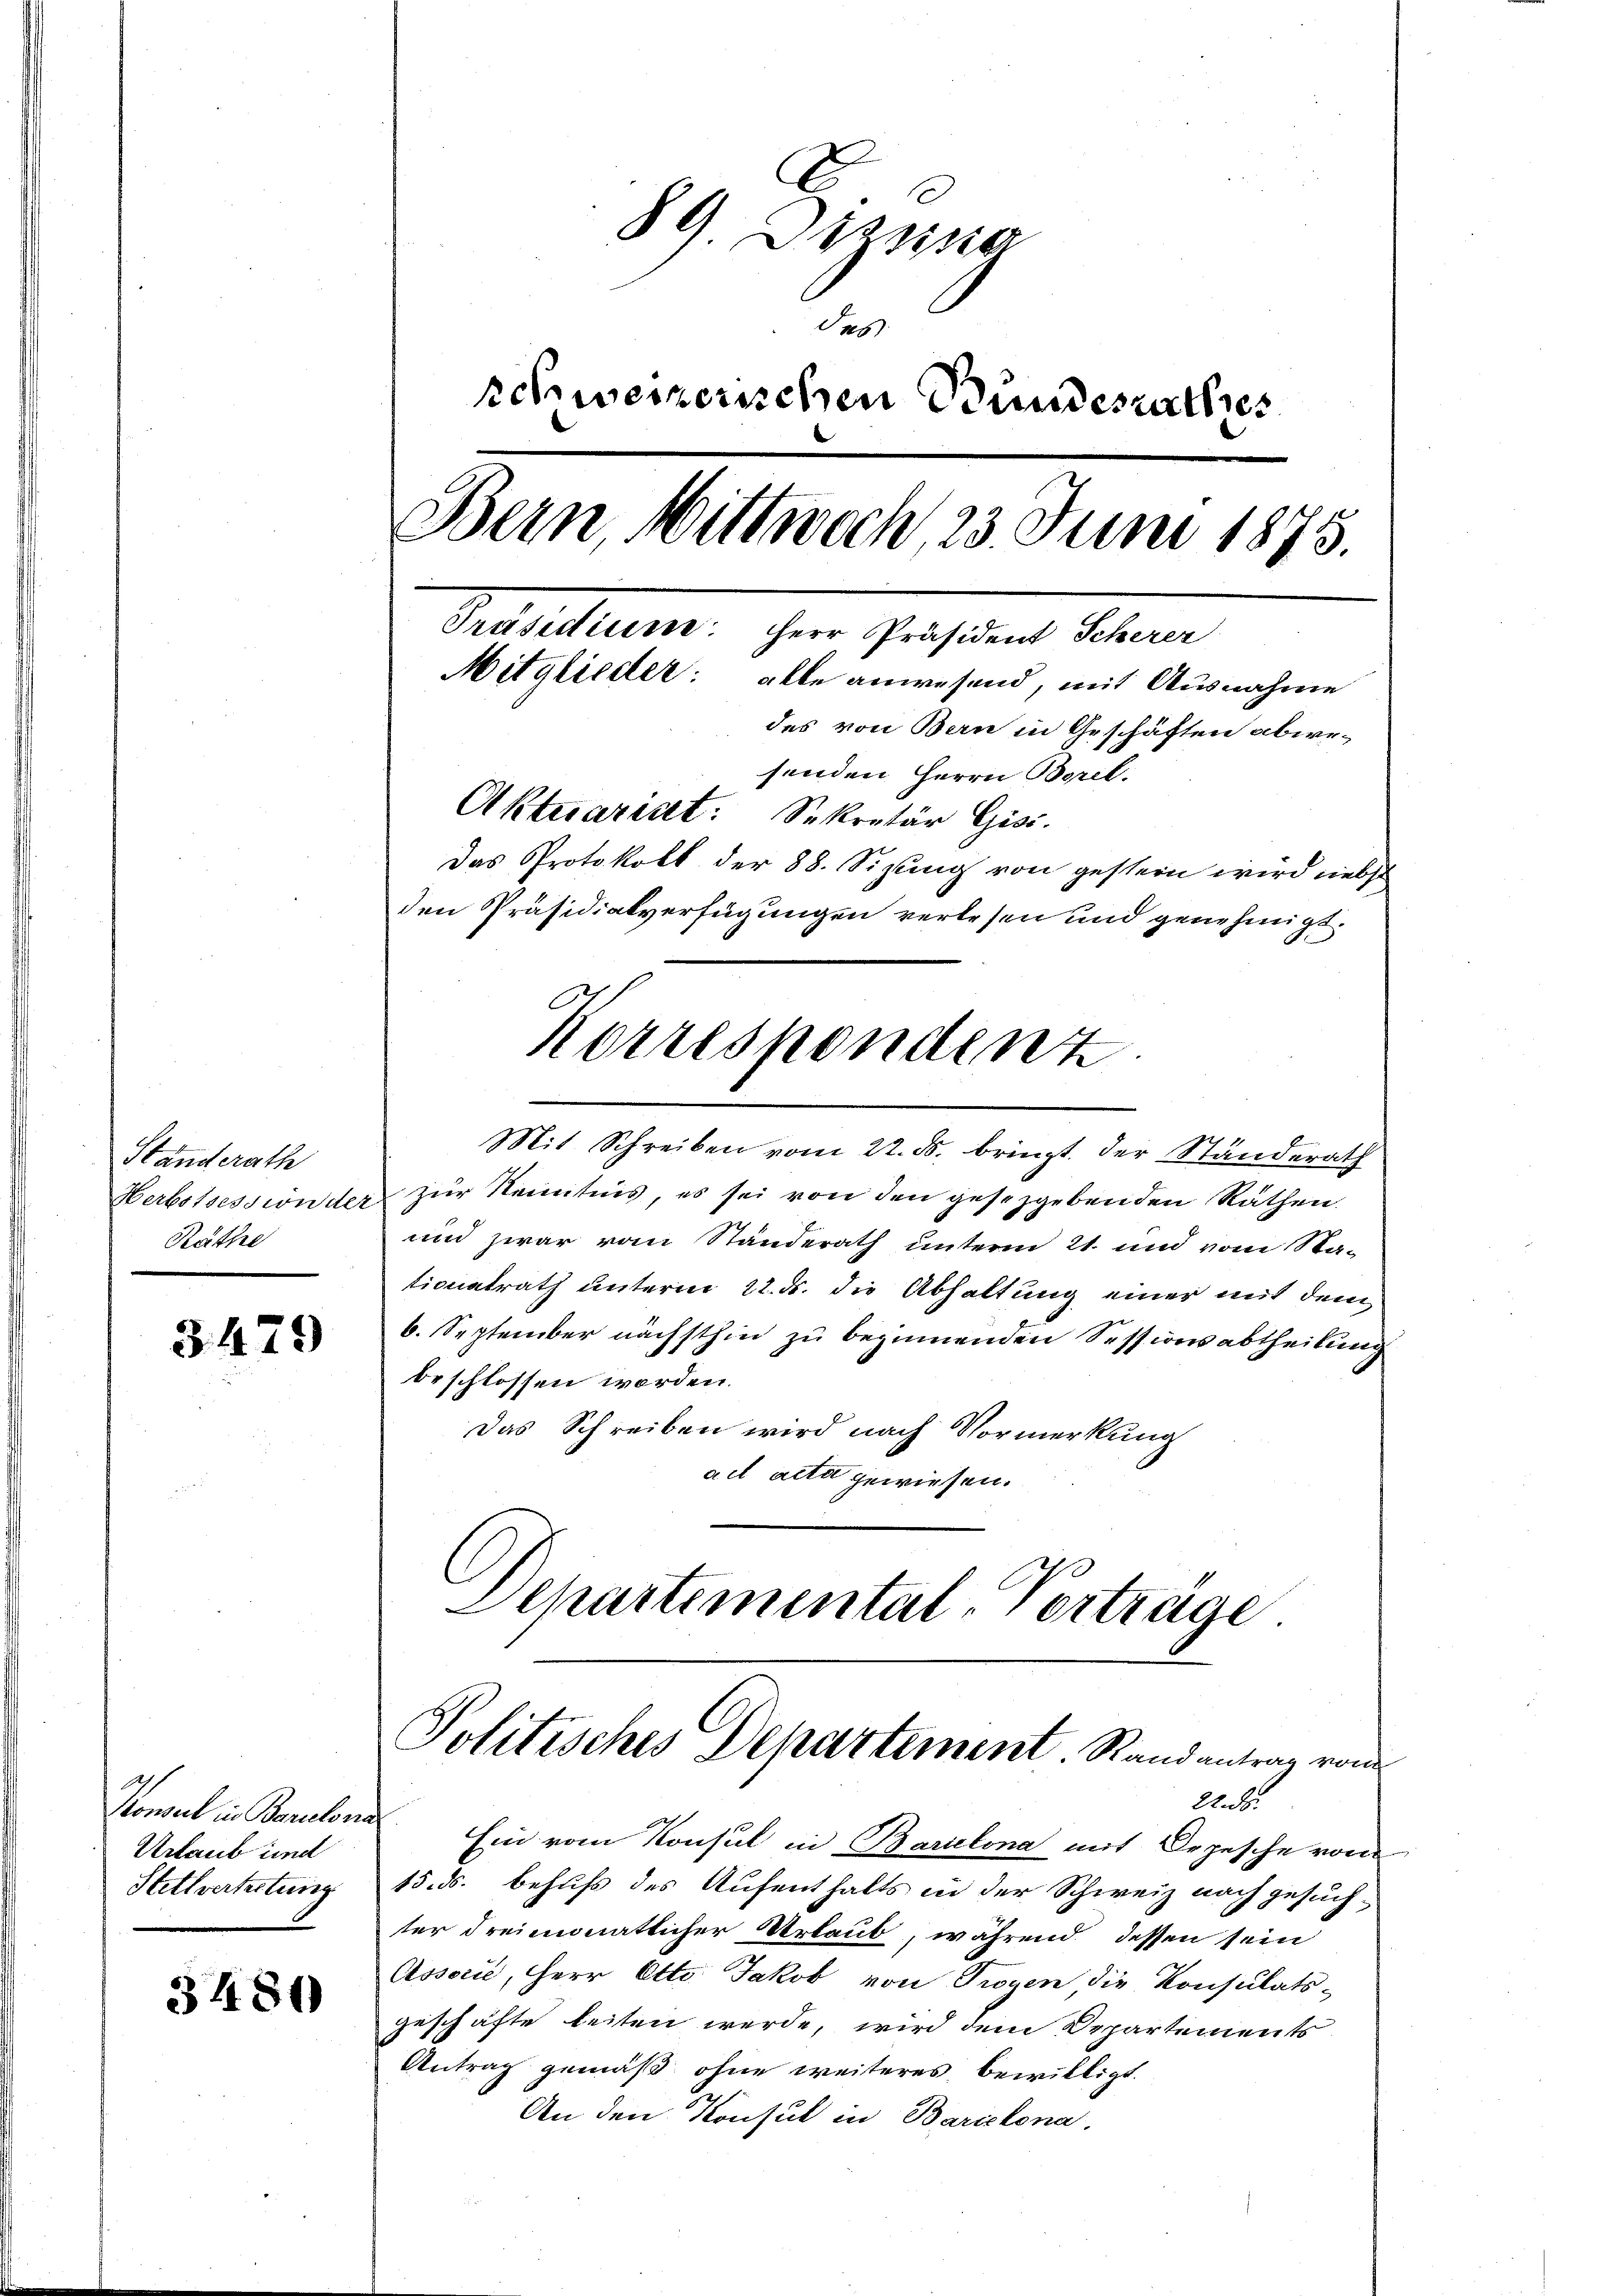
Standerath
Herbstsession der
Räthe

3479

Konsul in Banalona
Urlaub und
Stellvertretung

3480

89. Dezen
Pes
schweizerischen Bundesrathes
Bern Mittwoch, 23. Juni 1873.
Präsidiume: Herr Präsident Scherer
Mitglieder: alle anwesend, mit Ausnahme
des von Bern in Geschäften abwe-
senden Herrn Borel.
Aktuariat: Sekretär Gisi.
Das Protokoll der 88. Sizung von gestern wird liebst
den Präsidialverfügungen verlesen und genehmigt.

Mit Schreiben vom 22. ds. bringt der Standerath
zur Kenntnis, es sei von den gesetzgebenden Räthen.
und zwar vom Standerath unterm 21. und vom Sta-
tionalrath unterm 22. ds. die Abhaltung einer mit dem
6. September nächsthin zu beginnenden Sessionsabtheilung
beschlossen werden.
Das Schreiben wird nach Vormerkung
ad acta gewiesen.
Departemental-Verträge

Korrespondenz

X. Ein vom Konsul in Barulina mit Orgesche von
15. ds. behufs des Aufenthalts in der Schweiz nach gesuch-
ter dreimonatlicher Urlaub, während dessen sein
Associe, Herr Otto Jakob von Trogen, die Konsulats-
geschäfte beiten werde, wird dem Departements
Antrag gemäß ohne weiteres, bewilligt.
An den Konsul in Barclona.

Politisches Departement. Rand antrag vom
22. ds.